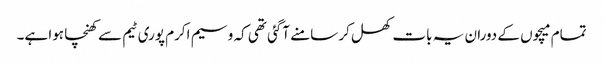
تمام میچوں کے دوران یہ بات کھل کر سامنے آگئی تھی کہ وسیم اکرم پوری ٹیم سے کھنچا ہوا ہے۔